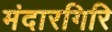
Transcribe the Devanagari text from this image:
मंदारगिरि